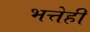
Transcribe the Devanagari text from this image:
भत्तेही